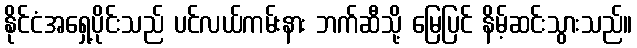
နိုင်ငံအရှေ့ပိုင်းသည် ပင်လယ်ကမ်းနား ဘက်ဆီသို့ မြေပြင် နိမ့်ဆင်းသွားသည်။